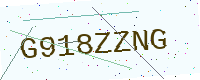
Text: G918ZZNG